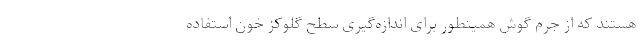
هستند که از جرم گوش همینطور برای اندازه‌گیری سطح گلوکز خون استفاده